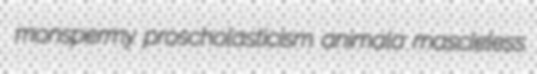
monspermy proscholasticism animala mascleless